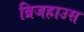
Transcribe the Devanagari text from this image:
ब्रिजहाउस